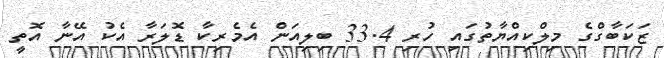
ޒަކަބާގްގެ މިލްކިއްޔާތުގައި ހުރި 33.4 ބިލިއަން އެމެރިކާ ޑޮލަރާ އެކު އޭނާ އޮތީ